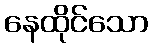
နေထိုင်သော